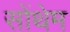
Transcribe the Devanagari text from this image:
सोंथेम